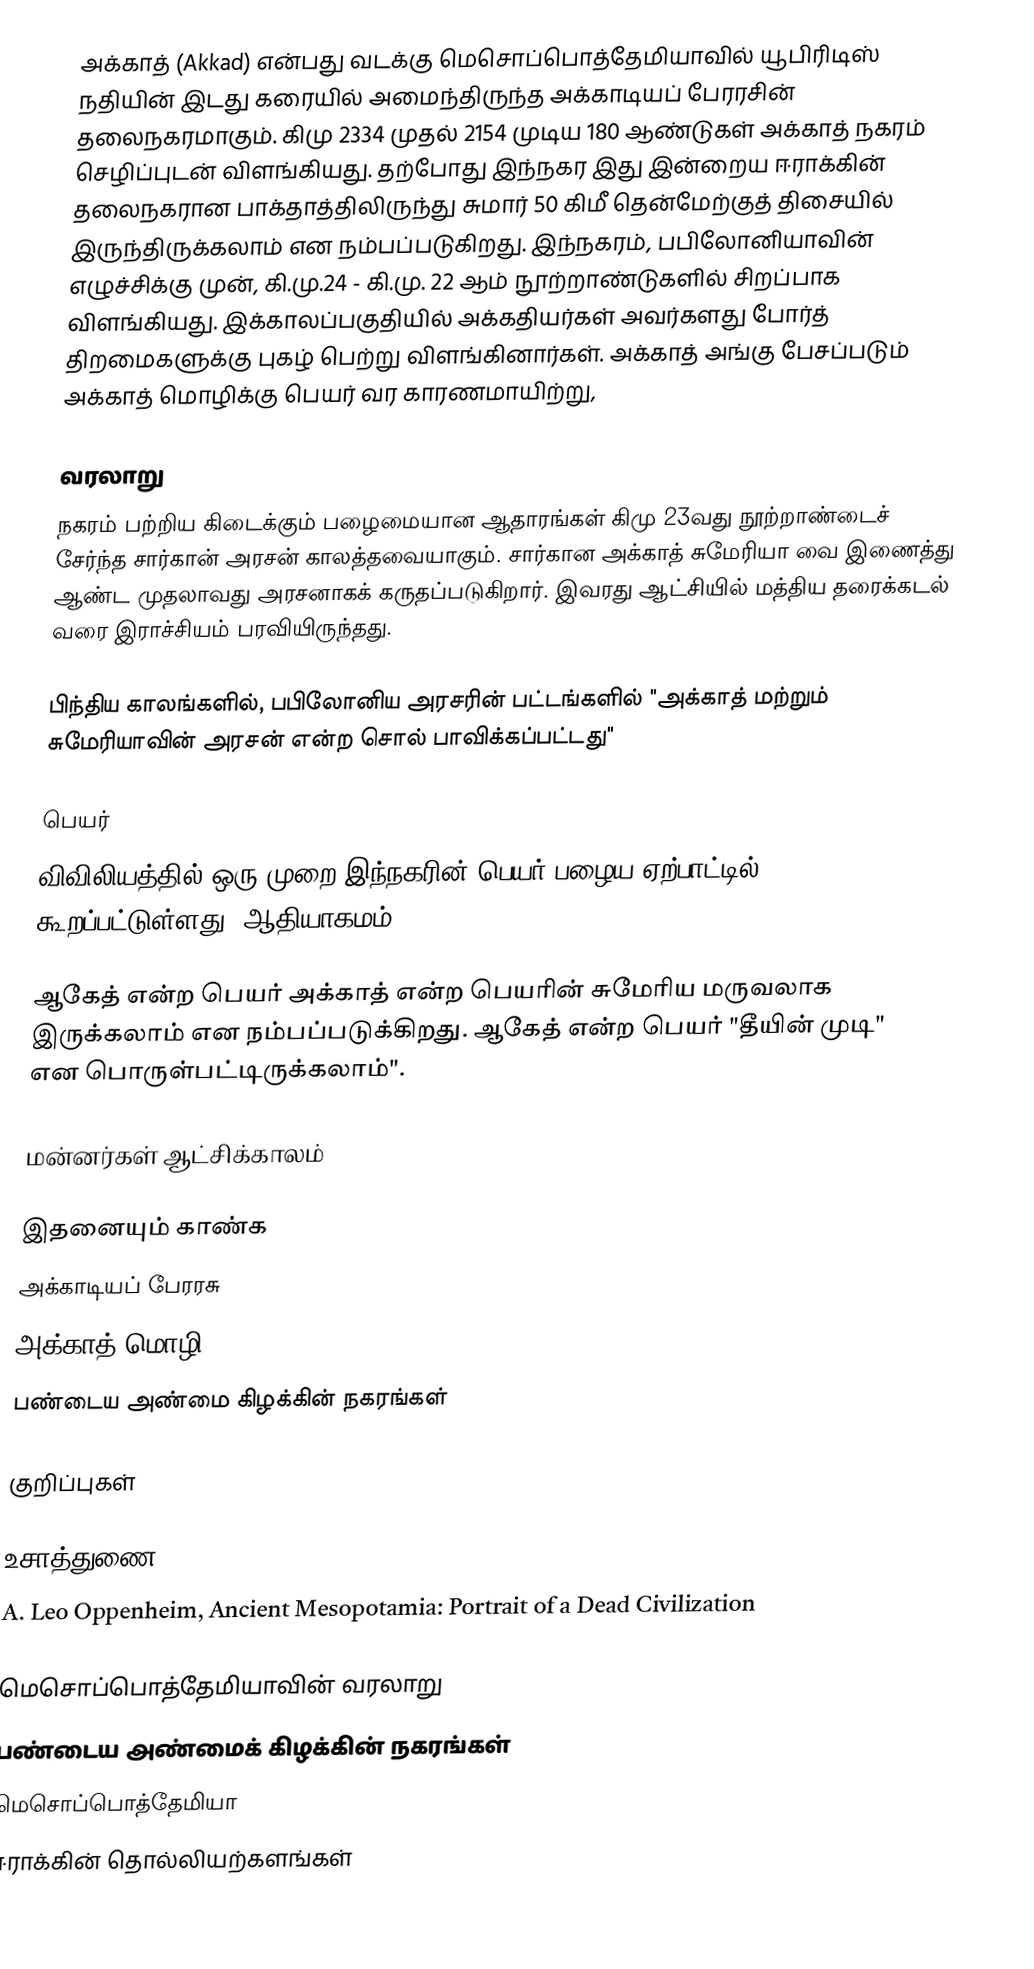
அக்காத் (Akkad) என்பது வடக்கு மெசொப்பொத்தேமியாவில் யூபிரிடிஸ் நதியின் இடது கரையில் அமைந்திருந்த அக்காடியப் பேரரசின் தலைநகரமாகும். கிமு 2334  முதல் 2154 முடிய 180 ஆண்டுகள் அக்காத் நகரம் செழிப்புடன் விளங்கியது. தற்போது இந்நகர இது இன்றைய ஈராக்கின் தலைநகரான பாக்தாத்திலிருந்து சுமார் 50 கிமீ தென்மேற்குத் திசையில் இருந்திருக்கலாம் என நம்பப்படுகிறது. இந்நகரம், பபிலோனியாவின் எழுச்சிக்கு முன், கி.மு.24 - கி.மு. 22 ஆம் நூற்றாண்டுகளில் சிறப்பாக விளங்கியது. இக்காலப்பகுதியில் அக்கதியர்கள் அவர்களது போர்த் திறமைகளுக்கு புகழ் பெற்று விளங்கினார்கள். அக்காத் அங்கு பேசப்படும் அக்காத் மொழிக்கு பெயர் வர காரணமாயிற்று,

வரலாறு
நகரம் பற்றிய கிடைக்கும் பழைமையான ஆதாரங்கள் கிமு 23வது நூற்றாண்டைச் சேர்ந்த சார்கான் அரசன் காலத்தவையாகும். சார்கான அக்காத் சுமேரியா வை இணைத்து ஆண்ட முதலாவது அரசனாகக் கருதப்படுகிறார். இவரது ஆட்சியில் மத்திய தரைக்கடல் வரை இராச்சியம் பரவியிருந்தது.

பிந்திய காலங்களில், பபிலோனிய அரசரின் பட்டங்களில் "அக்காத் மற்றும் சுமேரியாவின் அரசன் என்ற சொல் பாவிக்கப்பட்டது"

பெயர்
விவிலியத்தில் ஒரு முறை இந்நகரின் பெயர் பழைய ஏற்பாட்டில் கூறப்பட்டுள்ளது (ஆதியாகமம் 10:10)

ஆகேத் என்ற பெயர் அக்காத் என்ற பெயரின் சுமேரிய மருவலாக இருக்கலாம் என நம்பப்படுக்கிறது. ஆகேத் என்ற பெயர் "தீயின் முடி" என பொருள்பட்டிருக்கலாம்".

மன்னர்கள் ஆட்சிக்காலம்

இதனையும் காண்க
 அக்காடியப் பேரரசு
 அக்காத் மொழி
 பண்டைய அண்மை கிழக்கின் நகரங்கள்

குறிப்புகள்

உசாத்துணை
A. Leo Oppenheim, Ancient Mesopotamia: Portrait of a Dead Civilization

மெசொப்பொத்தேமியாவின் வரலாறு
பண்டைய அண்மைக் கிழக்கின் நகரங்கள்
மெசொப்பொத்தேமியா
ஈராக்கின் தொல்லியற்களங்கள்